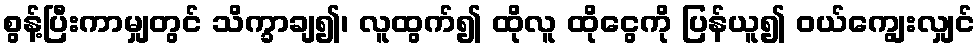
စွန့်ပြီးကာမျှတွင် သိက္ခာချ၍၊ လူထွက်၍ ထိုလူ ထိုငွေကို ပြန်ယူ၍ ဝယ်ကျွေးလျှင်